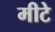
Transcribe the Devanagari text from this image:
मीटे